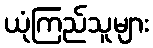
ယုံကြည်သူများ